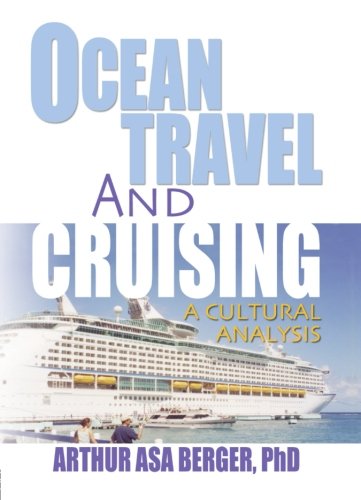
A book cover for Ocean Travel and Cruising: A Cultural Analysis; Kaye Sung Chon; Travel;